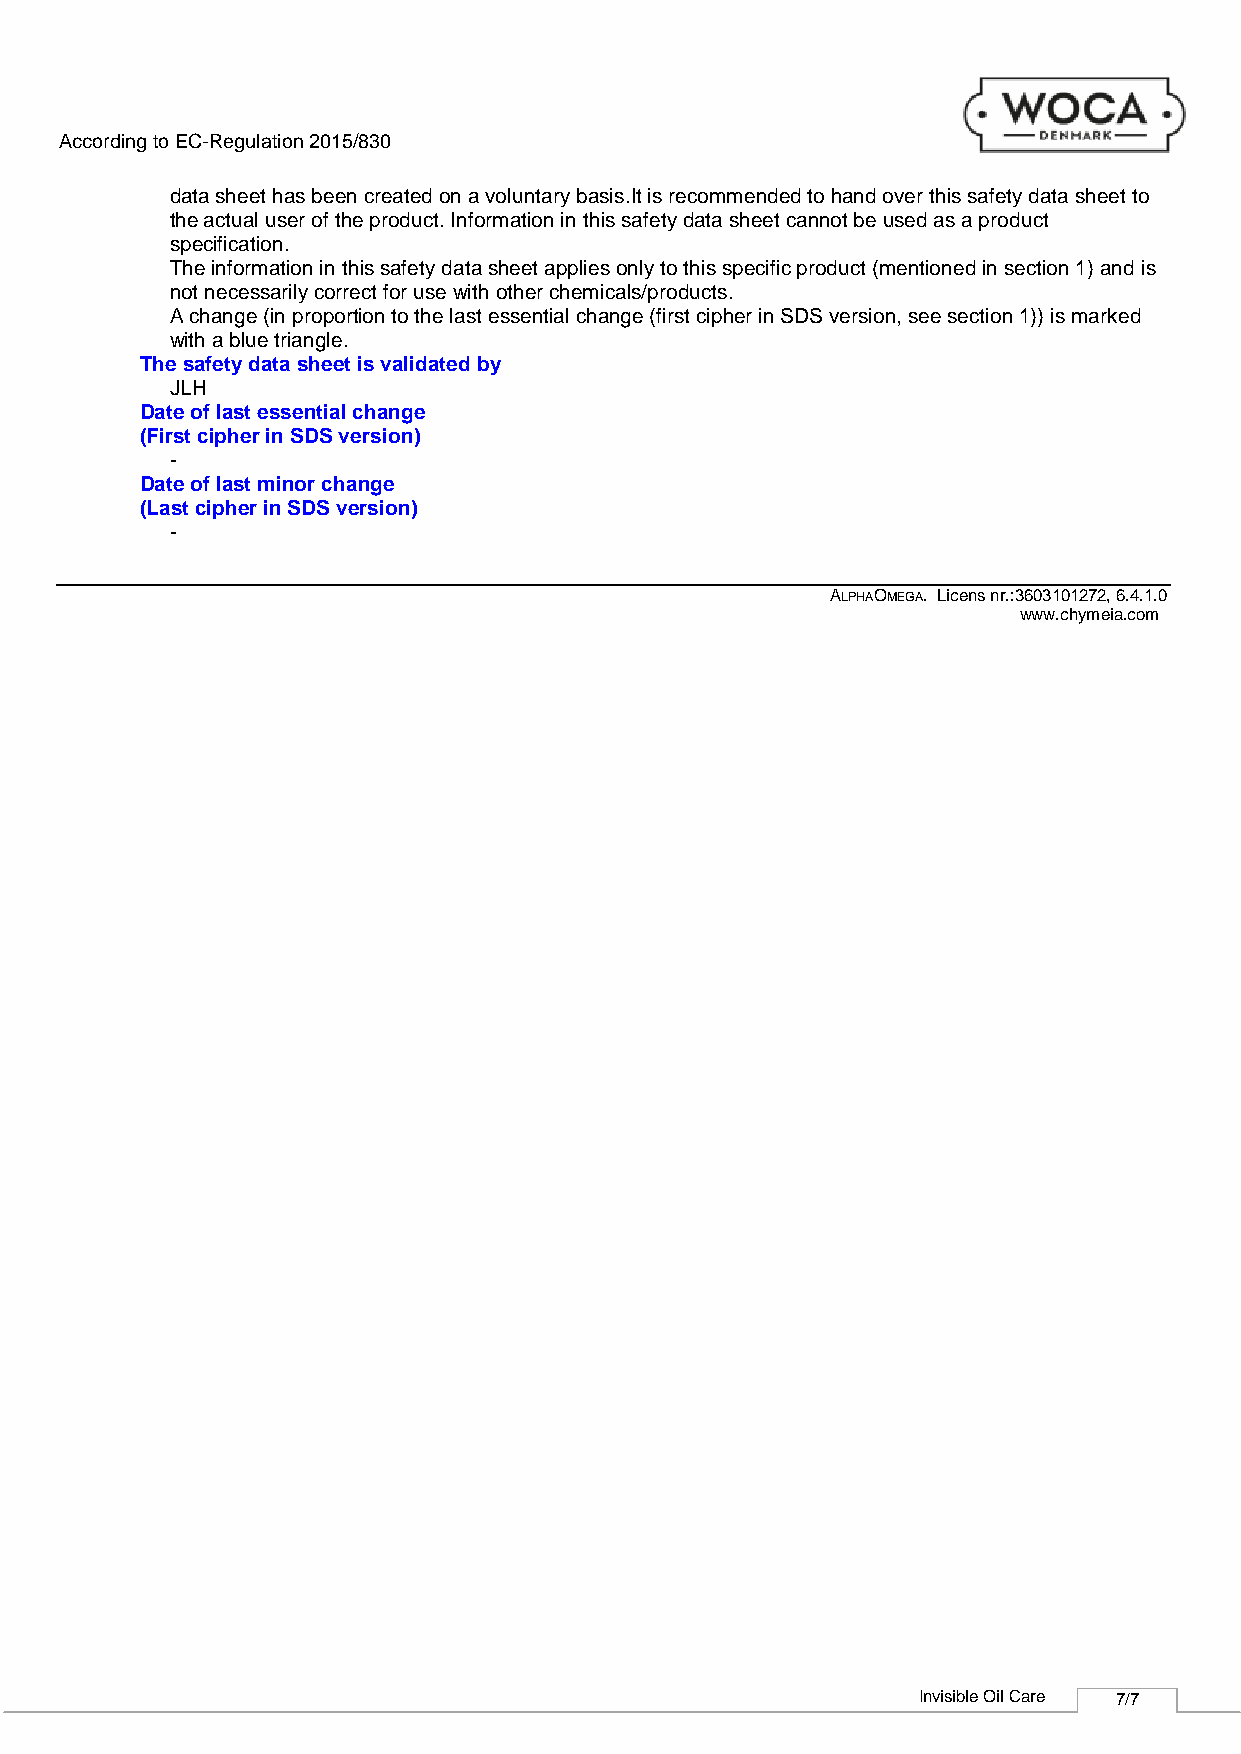
According to EC-Regulation 2015/830
 data sheet has been created on a voluntary basis.It is recommended to hand over this safety data sheet to
 the actual user of the product. Information in this safety data sheet cannot be used as a product
 specification.
 The information in this safety data sheet applies only to this specific product (mentioned in section 1) and is
 not necessarily correct for use with other chemicals/products.
 A change (in proportion to the last essential change (first cipher in SDS version, see section 1)) is marked
 with a blue triangle.
 The safety data sheet is validated by
 JLH
 Date of last essential change
 (First cipher in SDS version)
 -
 Date of last minor change
 (Last cipher in SDS version)
 -
 ALPHAOMEGA. Licens nr.:3603101272, 6.4.1.0
 www.chymeia.com
 Invisible Oil Care 7/7